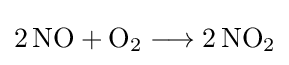
{2\,\mathrm {NO} {}+{}\mathrm {O} {\vphantom {A}}_{\smash[{t}]{2}}{}\mathrel {\longrightarrow } {}2\,\mathrm {NO} {\vphantom {A}}_{\smash[{t}]{2}}}